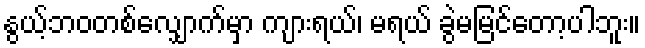
နွယ့်ဘဝတစ်လျှောက်မှာ ကျားရယ်၊ မရယ် ခွဲမမြင်တော့ပါဘူး။